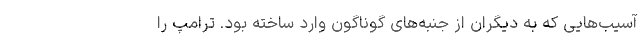
آسیب‌هایی که به دیگران از جنبه‌های گوناگون وارد ساخته بود. ترامپ را